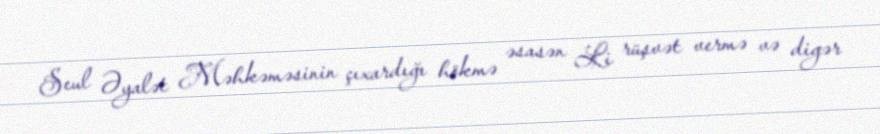
Seul Əyalət Məhkəməsinin çıxardığı hökmə əsasən Li rüşvət vermə və digər